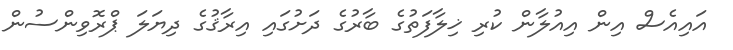
އައިއެސް އިން އިއުލާން ކުރި ޚިލާފަތުގެ ބާރުގެ ދަށުގައި އިރާޤުގެ ދިޔަލަ ޕްރޮވިންސުން